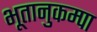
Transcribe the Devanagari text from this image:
भूतानुकम्पा